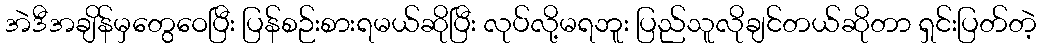
အဲဒီအချိန်မှတွေဝေပြီး ပြန်စဉ်းစားရမယ်ဆိုပြီး လုပ်လို့မရဘူး ပြည်သူလိုချင်တယ်ဆိုတာ ရှင်းပြတ်တဲ့